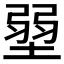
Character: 𡎳